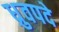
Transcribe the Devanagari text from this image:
ध्रुवपदे